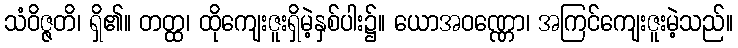
သံဝိဇ္ဇတိ၊ ရှိ၏။ တတ္ထ၊ ထိုကျေးဇူးရှိမဲ့နှစ်ပါး၌။ ယောအဝဏ္ဏော၊ အကြင်ကျေးဇူးမဲ့သည်။